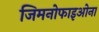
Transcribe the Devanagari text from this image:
जिमनोफाइओना